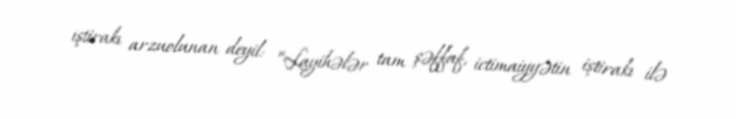
iştirakı arzuolunan deyil: “Layihələr tam şəffaf, ictimaiyyətin iştirakı ilə